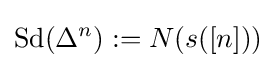
\operatorname {Sd} (\Delta ^{n}):=N(s([n]))